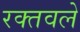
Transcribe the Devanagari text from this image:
रक्तवले